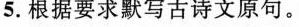
5.根据要求默写古诗文原句。